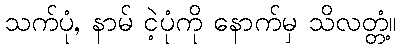
သက်ပုံ, နာမ် ငဲ့ပုံကို နောက်မှ သိလတ္တံ့။